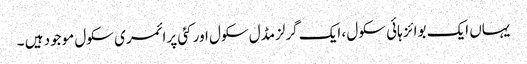
یہاں ایک بوائز ہائی سکول ، ایک گرلزمڈل سکول اور کئی پرائمری سکول موجود ہیں ۔